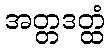
အတ္တဒတ္ထံ